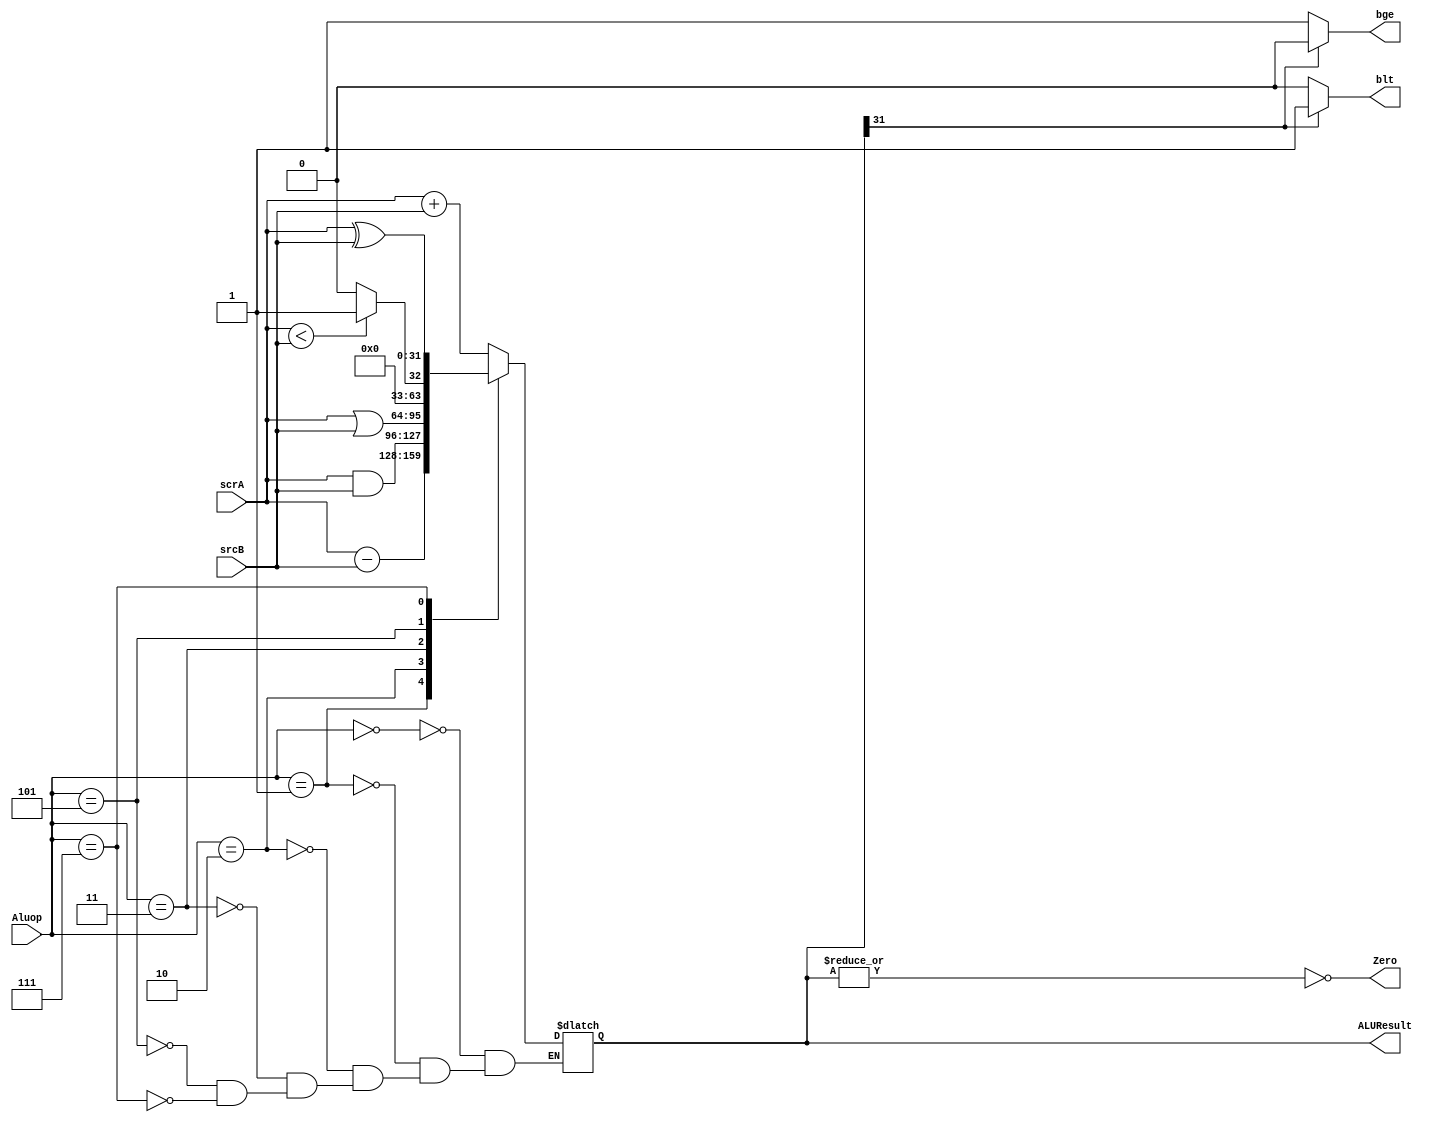
`timescale 1ns/1ns
module ALU(input [31:0] scrA,srcB,input [2:0] Aluop,output Zero,blt,bge,output reg [31:0] ALUResult);

  assign Zero = ~(|ALUResult);
  assign blt =(ALUResult[31]==1)?1'b1:1'b0;
  assign bge =(ALUResult[31]==0)?1'b1:1'b0;

  always @(Aluop, scrA,srcB)begin
    case(Aluop)
        3'b000 : ALUResult = scrA + srcB;
        3'b001 : ALUResult = scrA-srcB;
        3'b010 : ALUResult = scrA&srcB;
        3'b011 : ALUResult = scrA|srcB;
        3'b101 : ALUResult = (scrA<srcB) ? 32'd1 : 32'd0;
        3'b111 : ALUResult=scrA^srcB; 
    endcase
  end
endmodule

module Extend (input [24:0] in,input [2:0]ImmSrc, output reg [31:0] out);
    always@(in,ImmSrc)begin
        case(ImmSrc)
            3'b000: out = {{20{in[24]}},in[24:13]};
            3'b001: out = {{20{in[24]}},in[24:18],in[4:0]};
            3'b010: out = {{19{in[24]}},in[24],in[0],in[23:18], in[4:1], 1'b0};
            3'b011: out = {{12{in[24]}},in[24:5]};
            3'b100: out = {{11{in[24]}},in[24],in[12:5],in[13],in[23:18], in[17:14],1'b0};
        endcase
    end
endmodule


module mux2to1 (input [31:0] A, B,input sel,output [31:0] out);

  assign out = ~sel? A:B;

endmodule

module mux3to1 (input [31:0] A, B, C,input [1:0] sel,output [31:0] out);

  assign out = (sel == 2'b00) ? A :
               (sel == 2'b01) ? B :
               (sel == 2'b10) ? C :
               32'bx;
endmodule

module mux4to1 (input [31:0] A, B, C,D,input [1:0] sel,output [31:0] out);

  assign out = (sel == 2'b00) ? A :
               (sel == 2'b01) ? B :
               (sel == 2'b10) ? C :
               (sel == 2'b11) ? D :
               32'bx;

endmodule

module DataMemory(input clk,WE,input [31:0] Address,WD, output [31:0] ReadData);
  reg [31:0] memory [0:16384];
  always @(posedge clk)begin
    if(WE)
      memory[Address] <=WD;
  end

 initial begin
    $readmemh("array.txt",memory);
  end

  assign ReadData = memory[Address];
endmodule

module RegisterFile (input clk,rst,input [4:0] A1, A2, A3,input WE,input [31:0] write_data,output [31:0] RD1, RD2);

  reg [31:0] registers [0:31];
integer i;

always @ (posedge clk) begin
    if (rst) begin
      for(i=0;i<32;i=i+1)begin
        registers[i]<=0;
      end
    end
    else if (WE && A3 != 5'd0)
        registers[A3] <= write_data;
    end
    
    assign RD1 = registers[A1];
    assign RD2 = registers[A2];

    
endmodule


module Adder(input [31:0] A, B,output [31:0] sum);
  assign sum = A + B;
endmodule

module InstructionMemory(input [31:0] Address,output [31:0] instruction);

  reg [31:0] memory [0:16384];
  initial begin
    $readmemh("instructions.txt",memory);
  end

 assign instruction = memory[Address];
endmodule

module PC(input clk, rst,input [31:0] pc, output reg [31:0] pc_out);

  always @(posedge clk)begin
    if(rst)
      pc_out<= 32'd0;
    else
      pc_out<= pc;
  end
  
endmodule
  
module datapath(clk, rst, RegWrite, ALUSrc,MemWrite,ResultSrc,AluControl,ImmSrc,PCSrc,Zero,blt,bge,OPC,func3,func7);
    input RegWrite,MemWrite,ALUSrc,clk,rst;
    input [1:0] ResultSrc,PCSrc;
    input [2:0] AluControl;
    input [2:0]ImmSrc;
    wire [31:0] PCNext,pcplus4,inst,immExt,pcTarget,result,srcB,PCOut,ReadData;
    wire [31:0] ALUResult;
    wire [31:0] RD1,RD2;
    output Zero,blt,bge;
    output [6:0] OPC,func7; 
    output [2:0]func3;
    assign OPC = inst[6:0];
    assign func3 = inst[14:12];
    assign func7 = inst[31:25];

    Adder pcwith4(PCOut,32'd4,pcplus4);
    Extend signextend(inst [31:7] ,ImmSrc,immExt);
    Adder pcT(immExt,PCOut,pcTarget);
    PC pc(clk, rst,PCNext,PCOut);
    InstructionMemory IM({2'b00,PCOut[31:2]}, inst);
    RegisterFile RF(clk,rst,inst[19:15],inst[24:20],inst[11:7],RegWrite,result,RD1, RD2);
    mux2to1 mux2(RD2,immExt,ALUSrc,srcB);
    ALU alu(RD1,srcB,AluControl,Zero,blt,bge,ALUResult);
    mux3to1 mux1(pcplus4,pcTarget,ALUResult,PCSrc,PCNext);
    DataMemory dm(clk,MemWrite,{2'b00,ALUResult[31:2]},RD2,ReadData);
    mux4to1 mux3(ALUResult,ReadData,pcplus4,immExt,ResultSrc,result);

endmodule